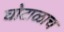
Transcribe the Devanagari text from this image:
घोटाळाच